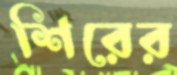
শিরের